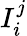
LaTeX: I_{i}^{j}